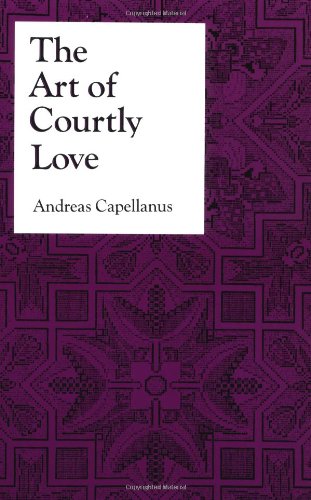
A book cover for The Art of Courtly Love (Records of Civilization); Andreas Capellanus; Literature & Fiction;